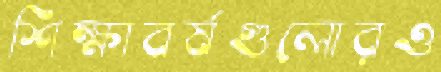
শিক্ষাবর্ষগুলোরও